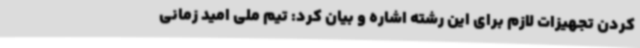
کردن تجهیزات لازم برای این رشته اشاره و بیان کرد: تیم ملی امید زمانی